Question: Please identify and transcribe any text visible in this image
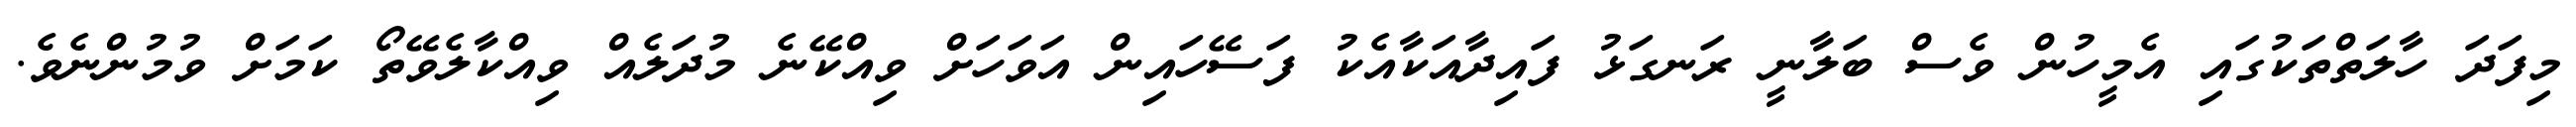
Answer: މިފަދަ ހާލަތްތަކުގައި އެމީހުން ވެސް ބަލާނީ ރަނގަޅު ފައިދާއަކާއެކު ފަސޭހައިން އަވަހަށް ވިއްކޭނެ މުދަލެއް ވިއްކާލެވޭތޯ ކަމަށް ވުމުންނެވެ.